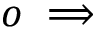
o \implies